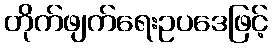
တိုက်ဖျက်ရေးဥပဒေဖြင့်